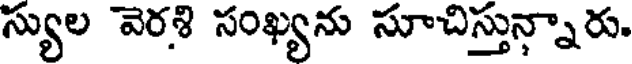
స్యుల వెరశి సంఖ్యను సూచిస్తున్నారు.